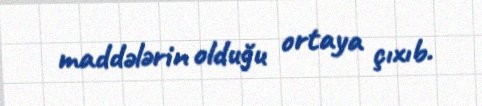
maddələrin olduğu ortaya çıxıb.